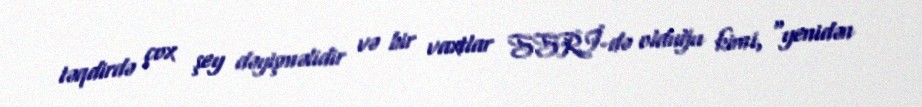
təqdirdə çox şey dəyişməlidir və bir vaxtlar SSRİ-də olduğu kimi, “yenidən